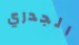
الجدري